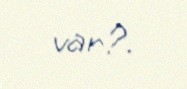
var?.